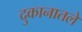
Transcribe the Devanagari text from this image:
दुकानातले